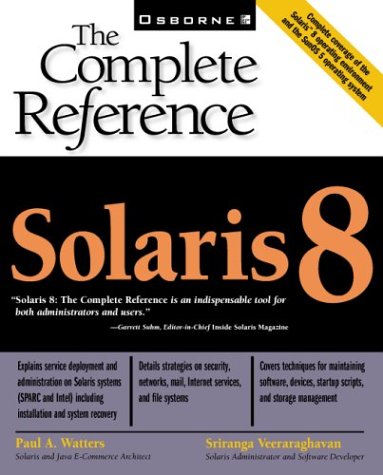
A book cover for Solaris 8: The Complete Reference; Sriranga Veeraraghavan; Computers & Technology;